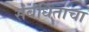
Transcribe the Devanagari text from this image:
संबंधितांचा